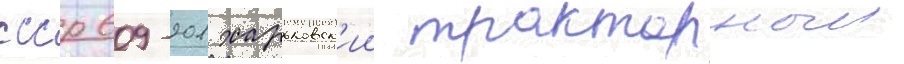
ссср 609-201 харьковск'ии тракторныи